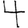
Digit: 4